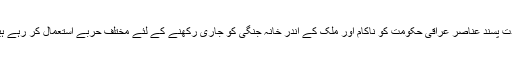
شدت پسند عناصر عراقی حکومت کو ناکام اور ملک کے اندر خانہ جنگی کو جاری رکھنے کے لئے مختلف حربے استعمال کر رہے ہیں۔